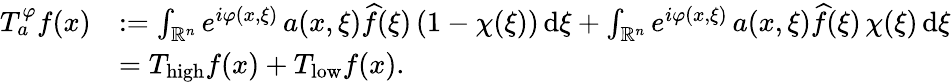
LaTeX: \begin{array}{rl}{T_{a}^{\varphi}f(x)}&{:=\int_{\mathbb{R}^{n}}e^{i\varphi(x,\xi)}\, a(x,\xi)\widehat{f}(\xi)\, (1-\chi(\xi))\, \mathrm{d}\xi+\int_{\mathbb{R}^{n}}e^{i\varphi(x,\xi)}\, a(x,\xi)\widehat{f}(\xi)\, \chi(\xi)\, \mathrm{d}\xi}\\ &{=T_{\mathrm{high}}f(x)+T_{\mathrm{low}}f(x).}\end{array}